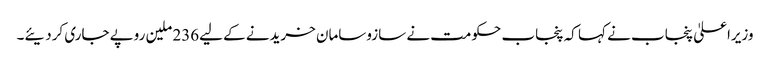
وزیراعلیٰ پنجاب نے کہا کہ پنجاب حکومت نے سازوسامان خریدنے کے لیے236 ملین روپے جاری کردیئے۔